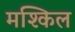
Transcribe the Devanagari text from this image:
मश्किल